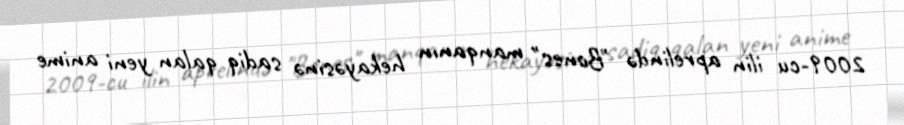
2009-cu ilin aprelində "Bones" manqanın hekayəsinə sadiq qalan yeni anime